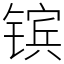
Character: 镔